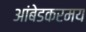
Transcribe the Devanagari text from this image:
आंबेडकरमय